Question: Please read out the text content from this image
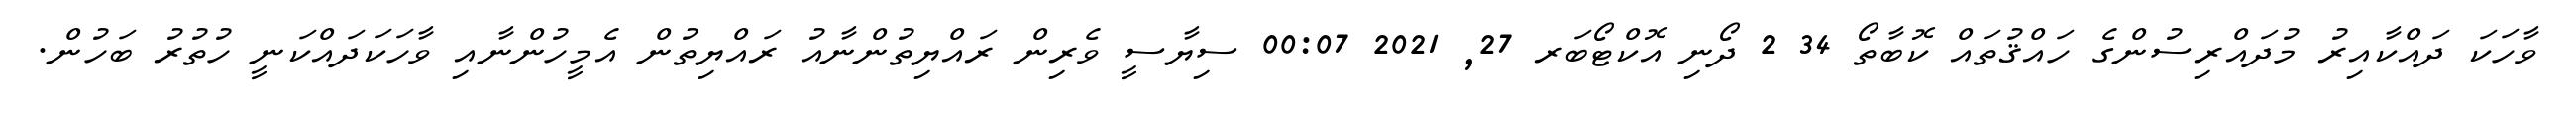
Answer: ވާހަކަ ދައްކާއިރު މުދައްރިސުންގެ ހައްޤުތައް ކޮބާތޯ 34 2 ދޯނި އޮކްޓޯބަރ 27, 2021 00:07 ސިޔާސީ ވެރިން ރައްޔިތުންނާއު ރައްޔިތުން އެމީހުންނާއި ވާހަކަދައްކަނީ ހުތުރު ބަހުން.